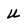
Character: U